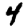
Digit: 4